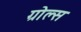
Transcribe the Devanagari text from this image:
ग्रोल्स